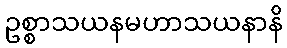
ဥစ္စာသယနမဟာသယနာနိ